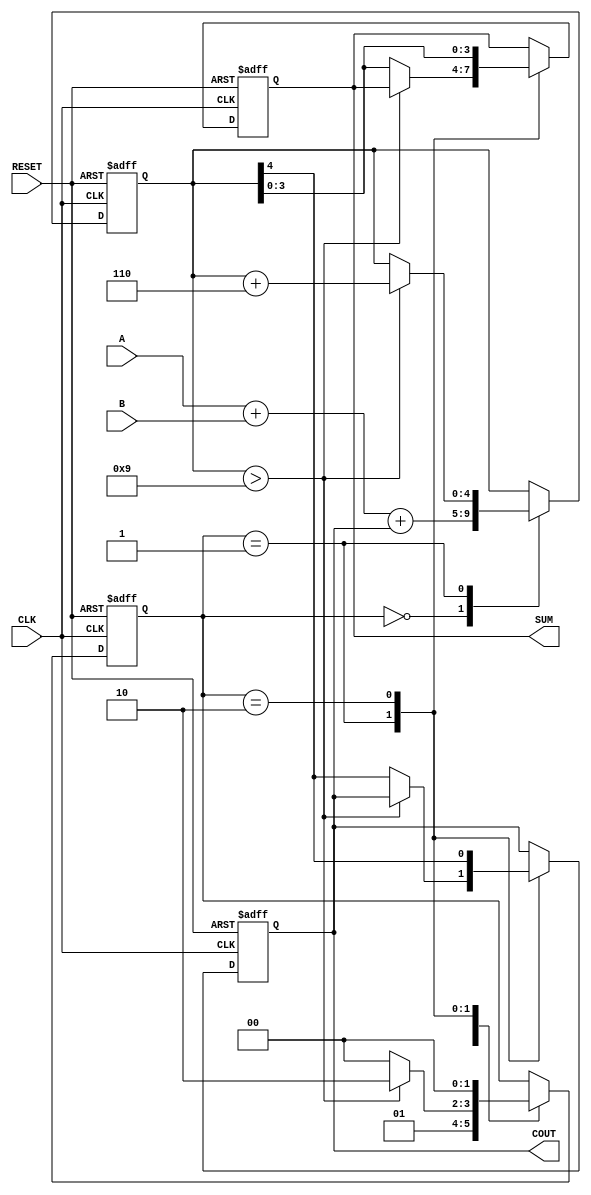
module BCD_Sequential_Adder (
    input  wire [3:0] A,        // BCD digit A
    input  wire [3:0] B,        // BCD digit B
    input  wire CLK,            // Clock signal
    input  wire RESET,          // Asynchronous reset signal
    output reg  [3:0] SUM,      // BCD sum output
    output reg  COUT            // Carry out signal
);

    // Internal states
    reg [1:0] state;           // State register
    reg [4:0] TEMP_SUM;        // Intermediate 5-bit sum
    localparam IDLE = 2'b00,   // Idle state
               ADD  = 2'b01,   // Adding state
               ADJUST = 2'b10; // Adjusting state

    // Asynchronous reset
    always @(posedge CLK or posedge RESET) begin
        if (RESET) begin
            SUM <= 4'b0000;   // Initialize SUM
            COUT <= 1'b0;     // Initialize COUT
            TEMP_SUM <= 5'b00000; // Initialize TEMP_SUM
            state <= IDLE;    // Set state to IDLE
        end else begin
            case (state)
                IDLE: begin
                    // Transition to addition state
                    TEMP_SUM <= A + B + COUT; // Compute initial sum
                    state <= ADD;             // Move to ADD state
                end

                ADD: begin
                    // Check if adjustment needed
                    if (TEMP_SUM > 9) begin
                        TEMP_SUM <= TEMP_SUM + 5'b00110; // BCD correction
                        state <= ADJUST;       // Move to ADJUST state
                    end else begin
                        SUM <= TEMP_SUM[3:0]; // Valid BCD sum
                        COUT <= TEMP_SUM[4];  // Set carry out
                        state <= IDLE;         // Go to IDLE state
                    end
                end

                ADJUST: begin
                    SUM <= TEMP_SUM[3:0]; // After adjustment, valid BCD sum
                    COUT <= TEMP_SUM[4];  // Set carry out after adjustment
                    state <= IDLE;         // Go back to IDLE state
                end
            endcase
        end
    end

endmodule